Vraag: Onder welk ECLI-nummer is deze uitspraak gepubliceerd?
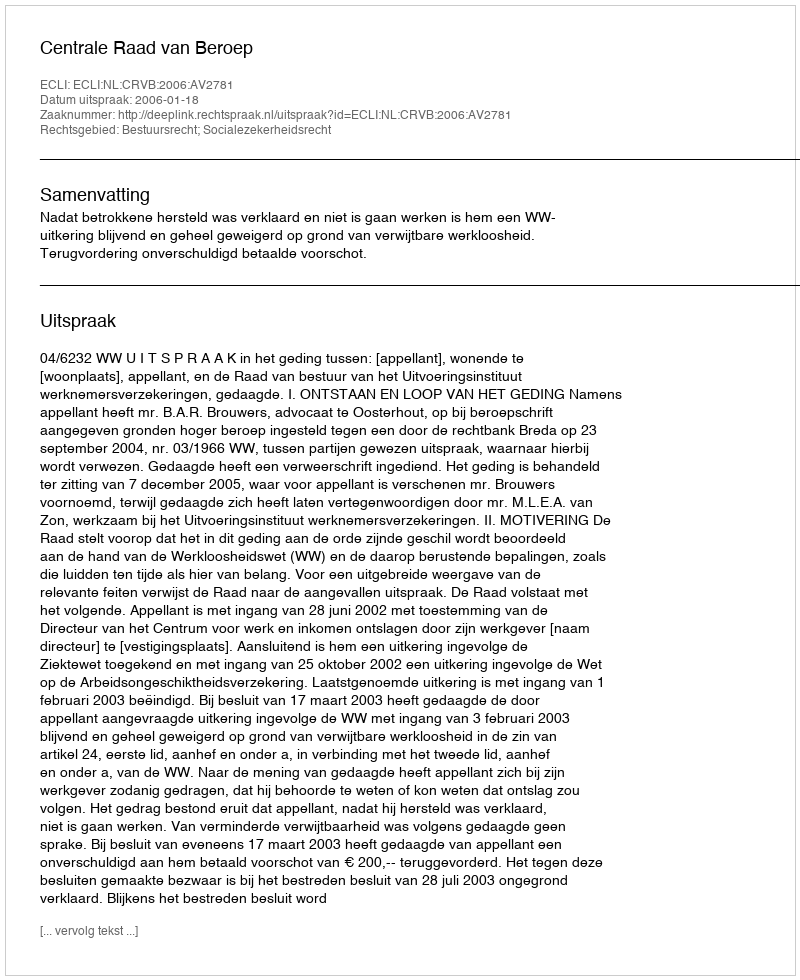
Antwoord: ECLI:NL:CRVB:2006:AV2781